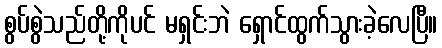
စွပ်စွဲသည်တို့ကိုပင် မရှင်းဘဲ ရှောင်ထွက်သွားခဲ့လေပြီ။